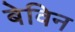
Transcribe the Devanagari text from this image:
बेविन